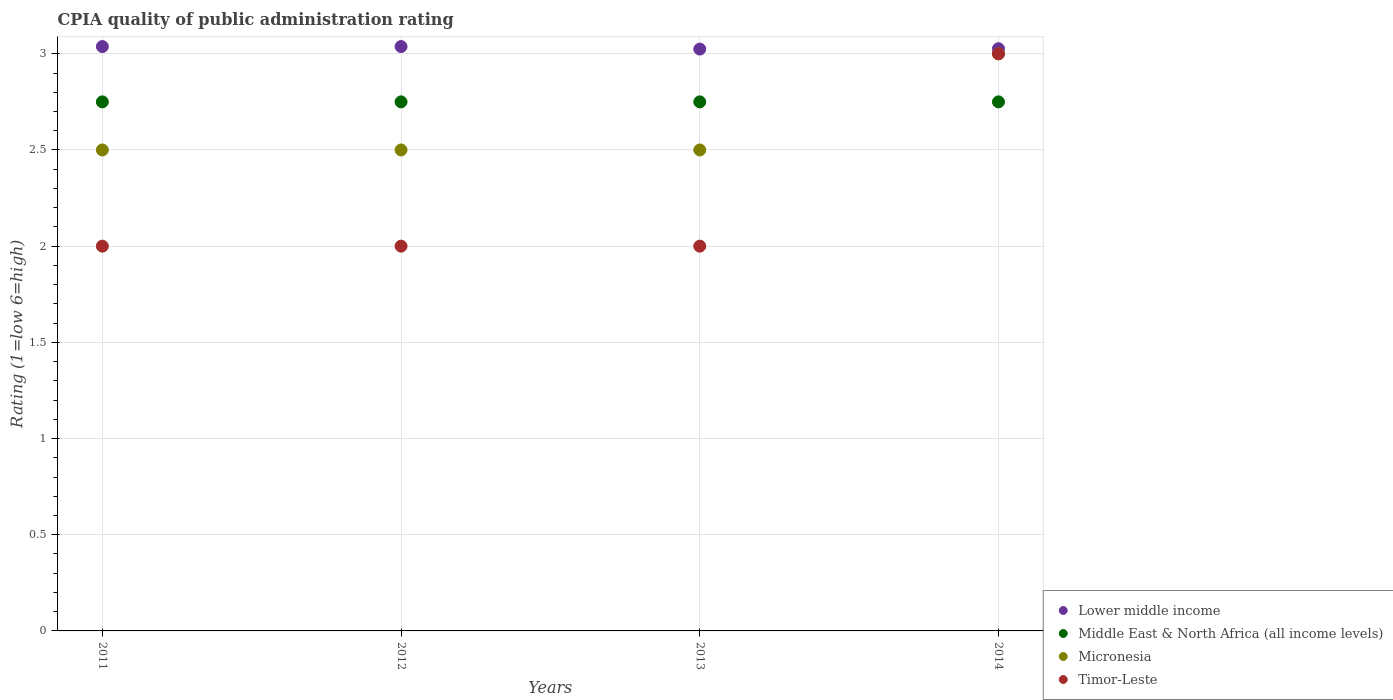
| Years | Lower middle income | Middle East & North Africa (all income levels) | Micronesia | Timor-Leste |
 | --- | --- | --- | --- | --- |
 | 2011 | 3.04 | 2.75 | 2.5 | 2 |
 | 2012 | 3.04 | 2.75 | 2.5 | 2 |
 | 2013 | 3.02 | 2.75 | 2.5 | 2 |
 | 2014 | 3.03 | 2.75 | 3 | 3 |